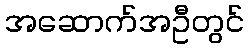
အဆောက်အဦတွင်